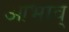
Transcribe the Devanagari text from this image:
आभाव्